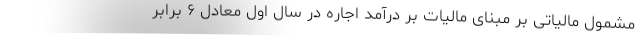
مشمول مالیاتی بر مبنای مالیات بر درآمد اجاره در سال اول معادل ۶ برابر